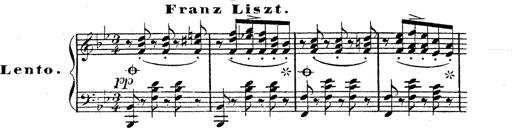
Title: 12 Lieder von Franz Schubert
Composer: Franz Liszt